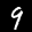
Label: 9